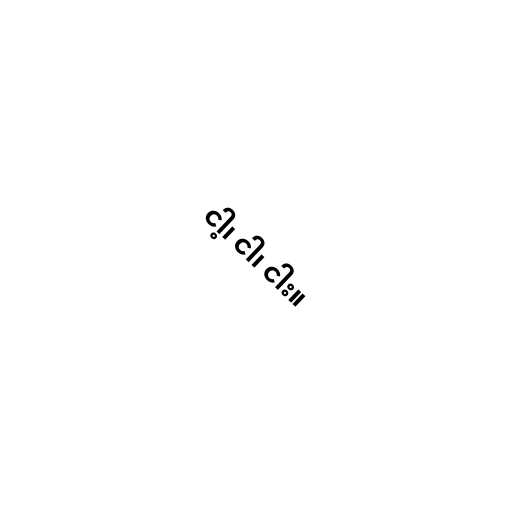
ငါ့၊ ငါ၊ ငါး။